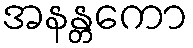
အနန္တကော